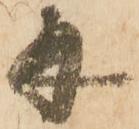
并